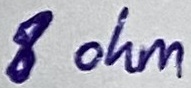
Text: 8 ohm